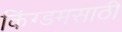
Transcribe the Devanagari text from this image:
किंग्डमसाठी